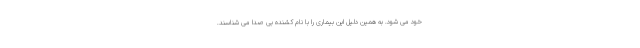
خود می شود. به همین دلیل این بیماری را با نام کشنده بی صدا می شناسند.